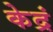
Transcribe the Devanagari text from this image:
केद्रं